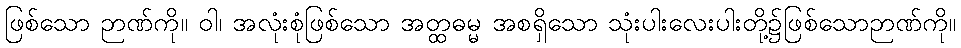
ဖြစ်သော ဉာဏ်ကို။ ဝါ၊ အလုံးစုံဖြစ်သော အတ္ထဓမ္မ အစရှိသော သုံးပါးလေးပါးတို့၌ဖြစ်သောဉာဏ်ကို။